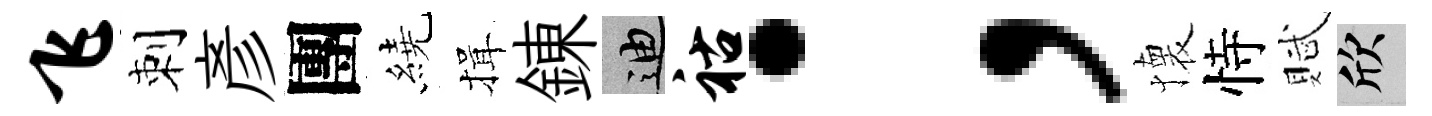
飞刺彥團繞揖錬迪祜；懐恃賦欣